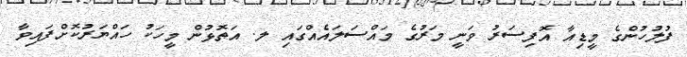
ފުލުހުންގެ މީޑިއާ އޮފިސަރު ވަނީ މަރުގެ މައްސަލައެއްގައި ލ. އަތޮޅުން މީހަކު ހައްޔަރުކޮށްފައިވާ